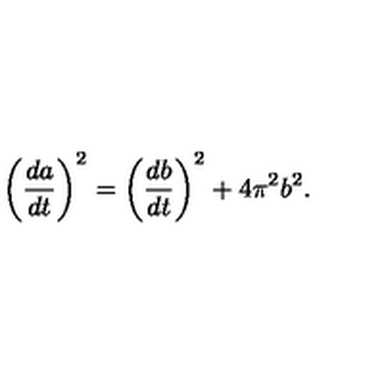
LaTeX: \left( { \frac { d a } { d t } } \right) ^ { 2 } = \left( { \frac { d b } { d t } } \right) ^ { 2 } + 4 \pi ^ { 2 } b ^ { 2 } .